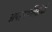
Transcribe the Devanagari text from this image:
अपहरणविरोधी